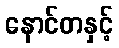
နောင်တနှင့်